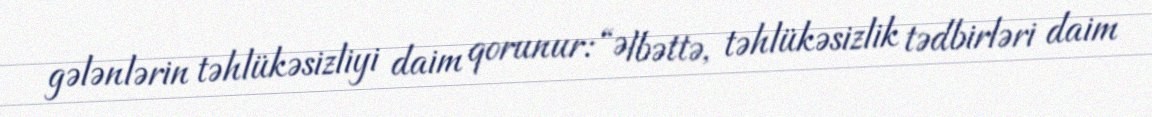
gələnlərin təhlükəsizliyi daim qorunur: “Əlbəttə, təhlükəsizlik tədbirləri daim